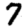
Digit: 7